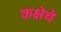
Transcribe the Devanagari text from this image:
कक्षेचे